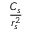
\frac { C _ { s } } { r _ { s } ^ { 2 } }